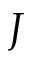
J